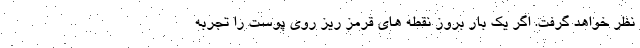
نظر خواهد گرفت. اگر یک بار بروز نقطه های قرمز ریز روی پوست را تجربه